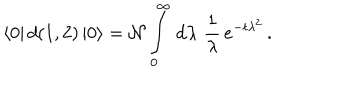
LaTeX: \langle 0 | \, d ( 1 , 2 ) \, | 0 \rangle = { \cal N } \int _ { 0 } ^ { \infty } \, \mathrm { d } \lambda \, \, \frac { 1 } { \lambda } \, e ^ { - t \lambda ^ { 2 } } \, .